Indian journal of veterinary science and animal husbandry - Volume 4,
Year: 1934
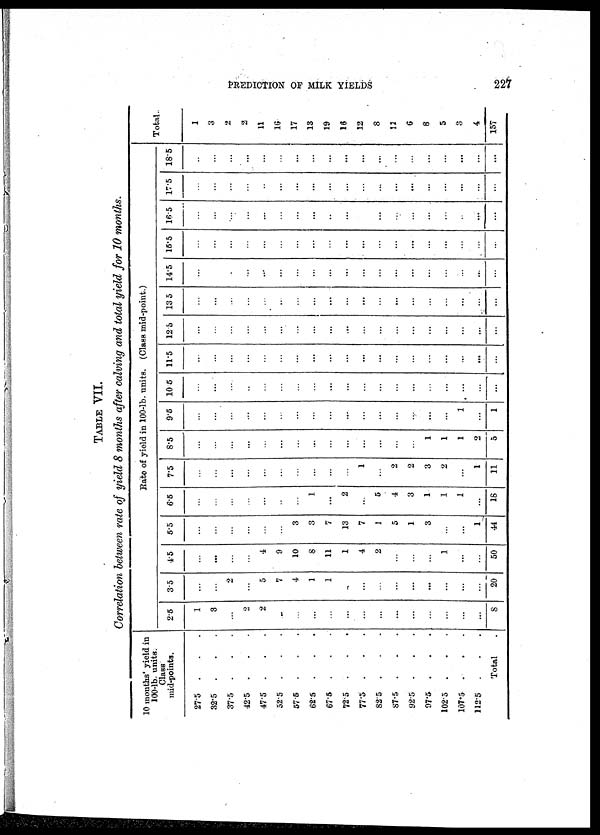
PREDICTION OF MILK YIELDS
227
TABLE VII.
Correlation between rate of yield 8 months after calving and total yield for 10 months.
10 months' yield in
100-lb. units.
Class
mid-points.
27.5 . . .
32.5 . . .
37.5 . . .
42.5 . . .
47.5 . . .
52.5 . . .
57.5 . . .
62.5 . . .
67.5 . . .
72.5 . . .
77.5 . . .
82.5 . . .
87.5 . . .
92.5 . . .
97.5 . . .
102.5 . . .
107.5 . . .
112.5 . . .
Total .
Rate of yield in 100.lb. units. (Class mid-point.)
25
1
3
...
2
2
...
...
...
...
...
...
...
...
...
...
...
...
...
8
3.5
...
...
2
...
5
7
4
1
1
...
...
...
...
...
...
...
...
...
20
4.5
...
...
...
...
4
9
10
8
11
1
4
2
...
...
...
1
...
...
50
5.5
...
...
...
...
...
...
3
3
7
13
7
1
5
1
3
...
...
1
44
6.5
...
...
...
...
...
...
...
1
...
2
...
5
4
3
1
1
1
...
18
7.5
...
...
...
...
...
...
...
...
...
...
1
...
2
2
3
2
...
1
11
S.5
...
...
...
...
...
...
...
...
...
...
...
...
...
...
1
1
1
2
5
9.6
...
...
...
...
...
...
...
...
...
...
...
...
...
...
...
...
1
...
1
10 5
...
...
...
...
...
...
...
...
...
...
...
...
...
...
...
...
...
...
...
11.5
...
...
...
...
...
...
...
...
...
...
...
...
...
...
...
...
...
...
...
12.5
...
...
...
...
...
...
...
...
...
...
...
...
...
...
...
...
...
...
...
13 5
...
...
...
...
...
...
...
...
...
...
...
...
...
...
...
...
...
...
...
14.5
...
...
...
...
...
...
...
...
...
...
...
...
...
...
...
...
...
...
...
15.5
...
...
...
...
...
...
...
...
...
...
...
...
...
...
...
...
...
...
...
16.5
...
...
...
...
...
...
...
...
...
...
...
...
...
...
...
...
...
...
...
17 .5
...
...
...
...
...
...
...
...
...
...
...
...
...
...
...
...
...
...
...
18.5
...
...
...
...
...
...
...
...
...
...
...
...
...
...
...
...
...
...
...
Total.
1
3
2
2
11
16
17
13
19
16
12
8
11
6
8
5
3
4
157